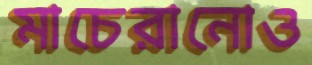
মাচেরানোও